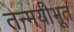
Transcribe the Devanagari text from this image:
तन्मयीभूत